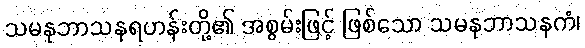
သမနုဘာသနရဟန်းတို့၏ အစွမ်းဖြင့် ဖြစ်သော သမနုဘာသနကံ၊